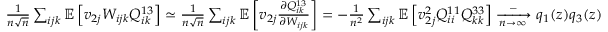
\begin{array} { r } { \frac { 1 } { n \sqrt n } \sum _ { i j k } \mathbb { E } \left[ v _ { 2 j } W _ { i j k } Q _ { i k } ^ { 1 3 } \right] \simeq \frac { 1 } { n \sqrt n } \sum _ { i j k } \mathbb { E } \left[ v _ { 2 j } \frac { \partial Q _ { i k } ^ { 1 3 } } { \partial W _ { i j k } } \right] = - \frac { 1 } { n ^ { 2 } } \sum _ { i j k } \mathbb { E } \left[ v _ { 2 j } ^ { 2 } Q _ { i i } ^ { 1 1 } Q _ { k k } ^ { 3 3 } \right] \xrightarrow [ n \to \infty ] - q _ { 1 } ( z ) q _ { 3 } ( z ) } \end{array}